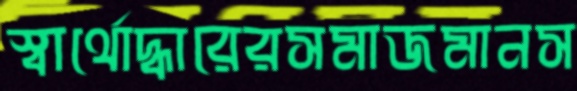
স্বার্থোদ্ধারেরসমাজমানস